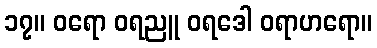
၁၇။ ဝရော ဝရညူ ဝရဒေါ ဝရာဟရော။